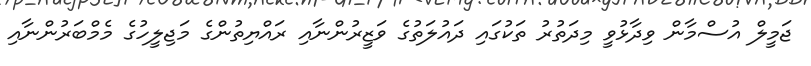
ޖަމީލް އުސްމާން ވިދާޅުވީ މިދަތުރު ތަކުގައި ދައުލަތުގެ ވަޒީރުންނާއި ރައްޔިތުންގެ މަޖިލީހުގެ މެމްބަރުންނާއި